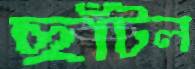
ছাঁটল